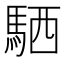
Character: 𫘊